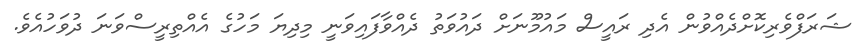
ޝަރަފްވެރިކޮށްދެއްވުން އެދި ރައީސް މައުމޫނަށް ދައުވަތު ދެއްވާފައިވަނީ މިދިޔަ މަހުގެ އެއްތިރީސްވަނަ ދުވަހުއެވެ.